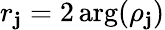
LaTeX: r_{\mathbf{j}}=2\arg(\rho_{\mathbf{j}})